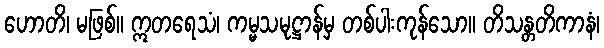
ဟောတိ၊ မဖြစ်။ ဣတရေသံ၊ ကမ္မသမုဋ္ဌာန်မှ တစ်ပါးကုန်သော။ တိသန္တတိကာနံ၊